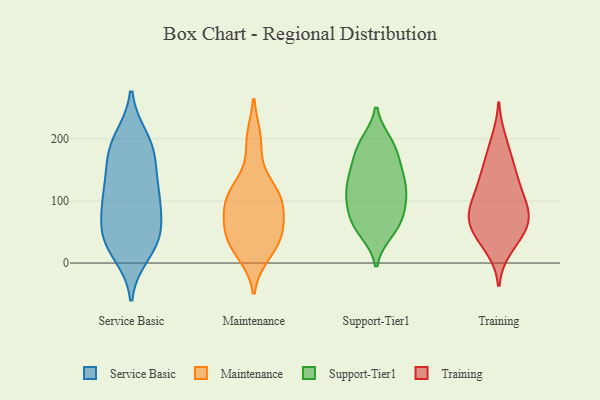
{"axis": {"x": "Bounce Rate (%)", "y": "Value"}, "legend": ["Maintenance", "Service Basic", "Support-Tier1", "Training"], "data": [{"x": "", "y": 177, "type": "Service Basic"}, {"x": "", "y": 197, "type": "Service Basic"}, {"x": "", "y": 32, "type": "Service Basic"}, {"x": "", "y": 16, "type": "Service Basic"}, {"x": "", "y": 52, "type": "Service Basic"}, {"x": "", "y": 200, "type": "Service Basic"}, {"x": "", "y": 88, "type": "Service Basic"}, {"x": "", "y": 102, "type": "Service Basic"}, {"x": "", "y": 38, "type": "Service Basic"}, {"x": "", "y": 57, "type": "Service Basic"}, {"x": "", "y": 36, "type": "Service Basic"}, {"x": "", "y": 115, "type": "Service Basic"}, {"x": "", "y": 119, "type": "Service Basic"}, {"x": "", "y": 171, "type": "Service Basic"}, {"x": "", "y": 165, "type": "Service Basic"}, {"x": "", "y": 109, "type": "Service Basic"}, {"x": "", "y": 22, "type": "Maintenance"}, {"x": "", "y": 45, "type": "Maintenance"}, {"x": "", "y": 99, "type": "Maintenance"}, {"x": "", "y": 52, "type": "Maintenance"}, {"x": "", "y": 197, "type": "Maintenance"}, {"x": "", "y": 199, "type": "Maintenance"}, {"x": "", "y": 119, "type": "Maintenance"}, {"x": "", "y": 120, "type": "Maintenance"}, {"x": "", "y": 16, "type": "Maintenance"}, {"x": "", "y": 34, "type": "Maintenance"}, {"x": "", "y": 33, "type": "Maintenance"}, {"x": "", "y": 87, "type": "Maintenance"}, {"x": "", "y": 60, "type": "Maintenance"}, {"x": "", "y": 68, "type": "Maintenance"}, {"x": "", "y": 114, "type": "Maintenance"}, {"x": "", "y": 93, "type": "Maintenance"}, {"x": "", "y": 109, "type": "Maintenance"}, {"x": "", "y": 134, "type": "Support-Tier1"}, {"x": "", "y": 107, "type": "Support-Tier1"}, {"x": "", "y": 73, "type": "Support-Tier1"}, {"x": "", "y": 51, "type": "Support-Tier1"}, {"x": "", "y": 128, "type": "Support-Tier1"}, {"x": "", "y": 152, "type": "Support-Tier1"}, {"x": "", "y": 189, "type": "Support-Tier1"}, {"x": "", "y": 194, "type": "Support-Tier1"}, {"x": "", "y": 66, "type": "Support-Tier1"}, {"x": "", "y": 87, "type": "Support-Tier1"}, {"x": "", "y": 150, "type": "Support-Tier1"}, {"x": "", "y": 59, "type": "Support-Tier1"}, {"x": "", "y": 105, "type": "Support-Tier1"}, {"x": "", "y": 144, "type": "Support-Tier1"}, {"x": "", "y": 179, "type": "Support-Tier1"}, {"x": "", "y": 108, "type": "Support-Tier1"}, {"x": "", "y": 107, "type": "Support-Tier1"}, {"x": "", "y": 56, "type": "Support-Tier1"}, {"x": "", "y": 192, "type": "Support-Tier1"}, {"x": "", "y": 146, "type": "Training"}, {"x": "", "y": 70, "type": "Training"}, {"x": "", "y": 62, "type": "Training"}, {"x": "", "y": 52, "type": "Training"}, {"x": "", "y": 81, "type": "Training"}, {"x": "", "y": 173, "type": "Training"}, {"x": "", "y": 136, "type": "Training"}, {"x": "", "y": 94, "type": "Training"}, {"x": "", "y": 60, "type": "Training"}, {"x": "", "y": 96, "type": "Training"}, {"x": "", "y": 131, "type": "Training"}, {"x": "", "y": 96, "type": "Training"}, {"x": "", "y": 197, "type": "Training"}, {"x": "", "y": 38, "type": "Training"}, {"x": "", "y": 25, "type": "Training"}]}